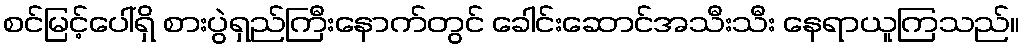
စင်မြင့်ပေါ်ရှိ စားပွဲရှည်ကြီးနောက်တွင် ခေါင်းဆောင်အသီးသီး နေရာယူကြသည်။